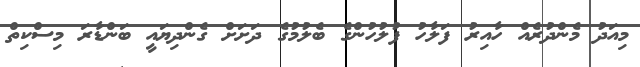
މިއަދު މެންދުރެއް ހާއިރު ފަލާހު ފުލުހުންގެ ބެލުމުގެ ދަށަށް ގެންދިޔައީ ބަންޑާރަ މިސްކިތް